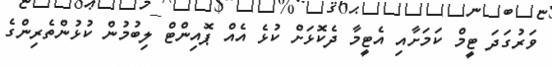
ވަރުގަދަ ޓީމް ކަމަށާއި އެޓީމާ ދެކޮޅަށް ކުޅެ އެއް ޕޮއިންޓް ލިބުމުން ކުޅުންތެރިންގެ